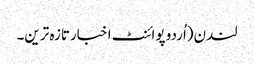
لندن(اُردو پوائنٹ اخبارتازہ ترین۔